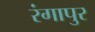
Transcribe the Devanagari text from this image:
रंगापुर